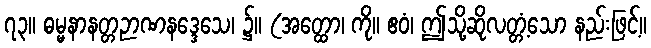
၇၃။ ဓမ္မနာနတ္တဉာဏနဒ္ဒေသေ၊ ၌။ (အတ္ထော၊ ကို။ ဧဝံ၊ ဤသို့ဆိုလတ္တံ့သော နည်းဖြင့်။